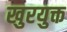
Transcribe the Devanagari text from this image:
खुरयुक्त